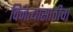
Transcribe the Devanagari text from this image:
विजेत्यांसाठीचा